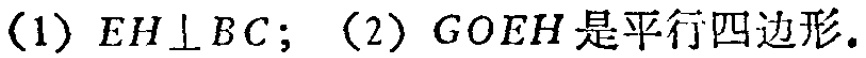
(1) \(EH\perp BC\); (2) \(GOEH\)是平行四边形.